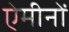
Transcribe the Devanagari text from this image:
ऐमीनों